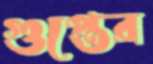
গুপ্তের